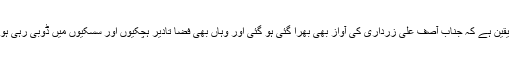
ہمیں یقین ہے کہ جناب آصف علی زرداری کی آواز بھی بھرا گئی ہو گئی اور وہاں بھی فضا تادیر ہچکیوں اور سسکیوں میں ڈوبی رہی ہو گی!